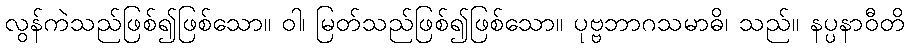
လွန်ကဲသည်ဖြစ်၍ဖြစ်သော။ ဝါ၊ မြတ်သည်ဖြစ်၍ဖြစ်သော။ ပုဗ္ဗဘာဂသမာဓိ၊ သည်။ နပ္ပနာဝီတိ